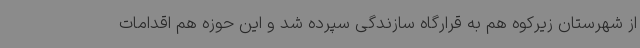
از شهرستان زیرکوه هم به قرارگاه سازندگی سپرده شد و این حوزه هم اقدامات